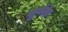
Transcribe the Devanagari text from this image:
सूर्यनेत्र